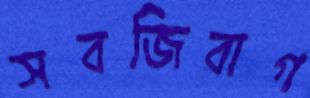
সবজিবাগ